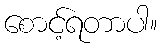
စောင့်ရတာပါ။